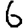
Digit: 6